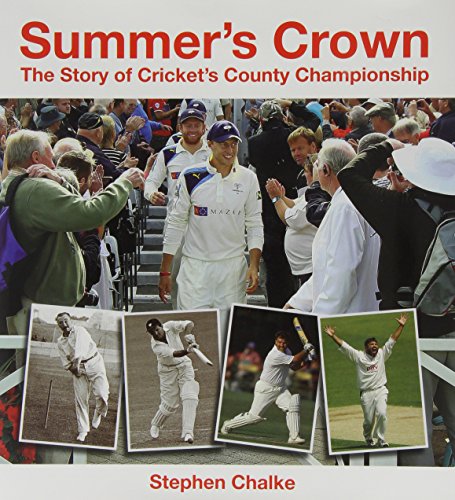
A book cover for Summer's Crown: The Story of Cricket's County Championship; Stephen Chalke; Sports & Outdoors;